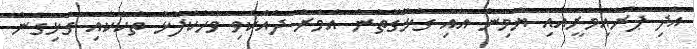
އަދި ޕުރައިމަރީއާއި ޔާމިން އާއި ގުޅޭގޮތުން އުމަރު ދެއްކެވި ވާހަކަފުޅު ތަކަކާއި ގުޅިގެން